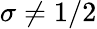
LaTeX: \sigma\ne 1/2